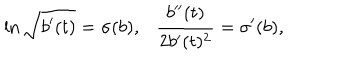
LaTeX: \ln \sqrt { b ^ { \prime } ( t ) } = \sigma ( b ) , \frac { b ^ { \prime \prime } ( t ) } { 2 b ^ { \prime } ( t ) ^ { 2 } } = \sigma ^ { \prime } ( b ) ,